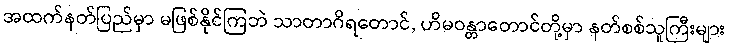
အထက်နတ်ပြည်မှာ မဖြစ်နိုင်ကြဘဲ သာတာဂိရတောင်, ဟိမဝန္တာတောင်တို့မှာ နတ်စစ်သူကြီးများ